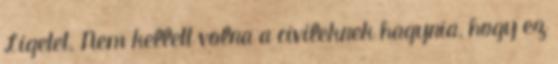
Ligetet. Nem kellett volna a civileknek hagynia, hogy ez